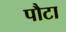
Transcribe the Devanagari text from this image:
पौटा